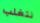
نتغلب